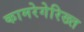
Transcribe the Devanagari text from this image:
कामरेगेरिख्त